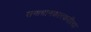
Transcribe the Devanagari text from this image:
समाधानकारकरीत्या